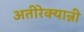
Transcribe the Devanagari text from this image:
अतीरेक्यान्नी